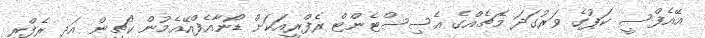
އޭއެފްސީ ކަޕުގެ ވަރުގަދަ މެޗެއްގެ އެސިސްޓެންޓް ރެފްރީއަކަށް ޑޯނާއެފްއޭއެމުން ކޯޗިން އަދި ރެފްރީ